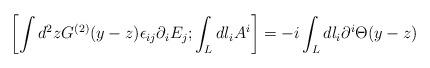
LaTeX: \begin{align*}\left[\int d^2 z G^{(2)}(y - z)\epsilon_{ij} \partial_i E_j ;\int_L dl_i A^i\right] = - i\int_L dl_i \partial^i \Theta ( y - z )\end{align*}